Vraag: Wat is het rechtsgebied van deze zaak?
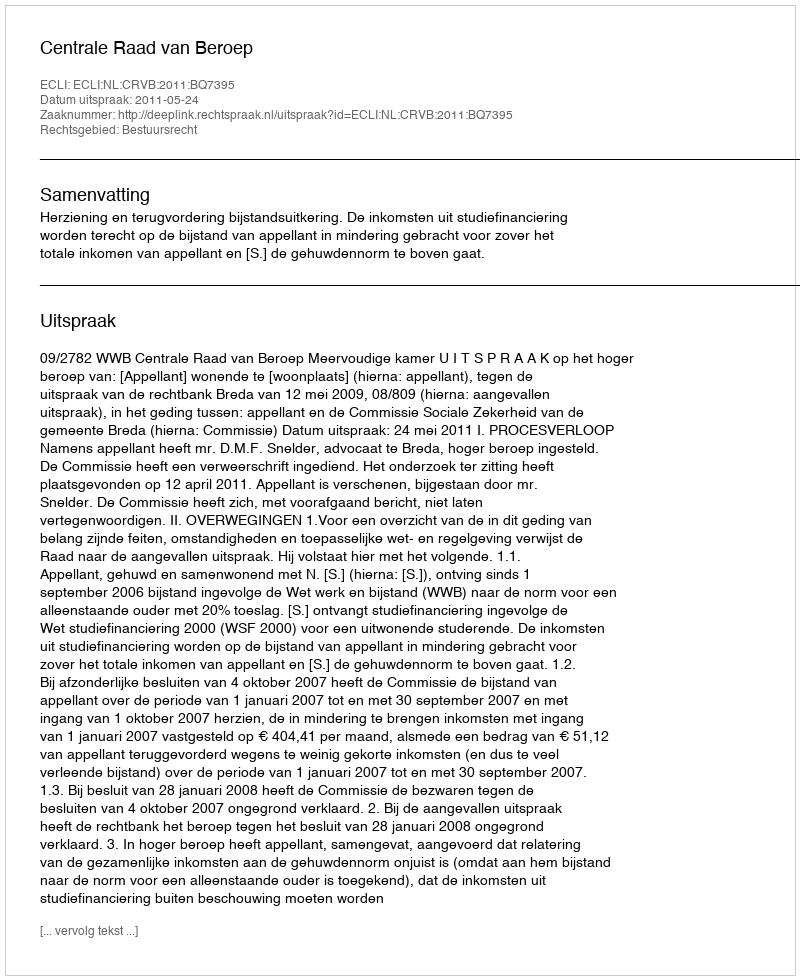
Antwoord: Bestuursrecht